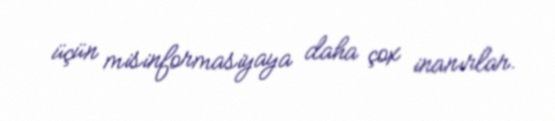
üçün misinformasiyaya daha çox inanırlar.